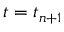
t = t _ { n + 1 }